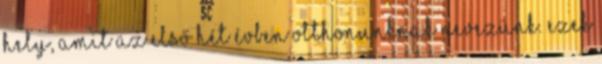
hely, amit az első hét évben otthonunknak nevezünk. Ezek